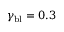
\gamma _ { \mathrm { b l } } = 0 . 3